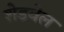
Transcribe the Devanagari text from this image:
शेडवेल